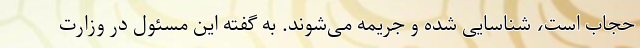
حجاب است، شناسایی شده و جریمه می‌شوند. به گفته این مسئول در وزارت